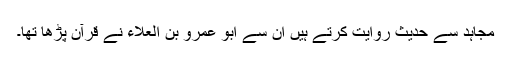
مجاہد سے حدیث روایت کرتے ہیں ان سے ابو عمرو بن العلاء نے قرآن پڑھا تھا۔